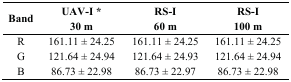
| Band | UAV-I * 30 m | RS-I 60 m | RS-I 100 m |
 | --- | --- | --- | --- |
 | R | 161.11 ± 24.25 | 161.11 ± 24.25 | 161.11 ± 24.25 |
 | G | 121.64 ± 24.94 | 121.64 ± 24.93 | 121.64 ± 24.94 |
 | B | 86.73 ± 22.98 | 86.73 ± 22.97 | 86.73 ± 22.98 |